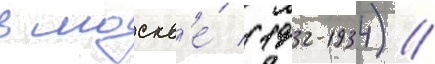
в москв'е́ (1932-1934) //